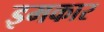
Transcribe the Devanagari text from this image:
इमकार